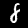
Digit: 8